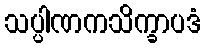
သပ္ပါဏကသိက္ခာပဒံ